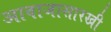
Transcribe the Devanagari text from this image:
आवाजासारखी